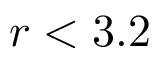
r < 3 . 2